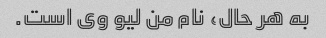
به هر حال، نام من لیو وی است.